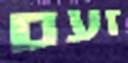
זעם